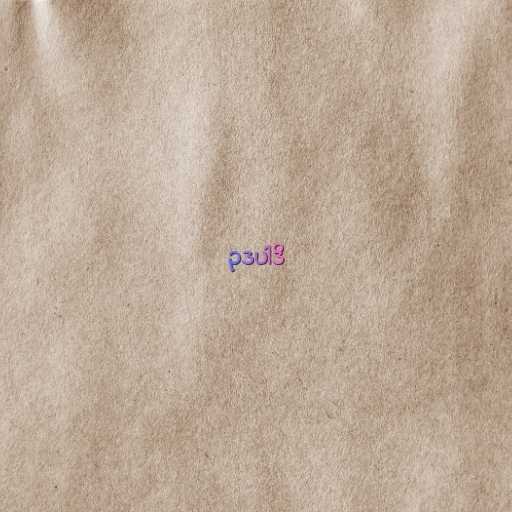
ဥဒပါဒိ